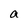
Character: a